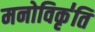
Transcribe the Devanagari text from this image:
मनोविकृ॑ति